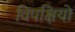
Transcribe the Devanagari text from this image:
विपक्षियो